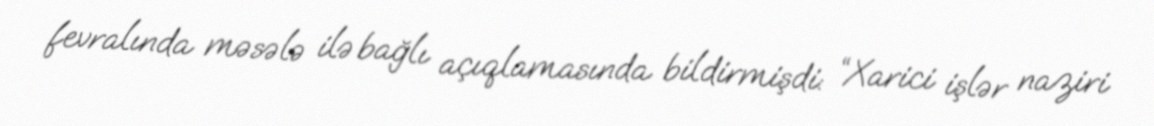
fevralında məsələ ilə bağlı açıqlamasında bildirmişdi: “Xarici işlər naziri